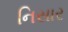
નિસાર